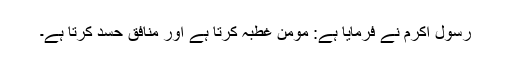
رسول اکرمؐ نے فرمایا ہے: مومن غِطبہ کرتا ہے اور منافق حسد کرتا ہے۔